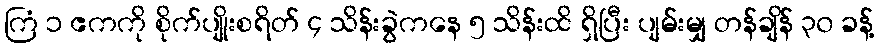
ကြံ ၁ ဧကကို စိုက်ပျိုးစရိတ် ၄ သိန်းခွဲကနေ ၅ သိန်းထိ ရှိပြီး ပျမ်းမျှ တန်ချိန် ၃၀ ခန့်